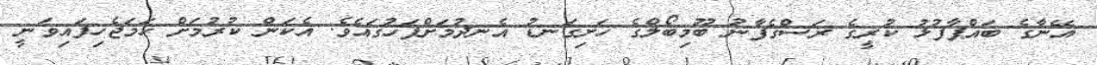
އޭނާގެ ބައްޕާފުޅު ކުރީގެ ރަސްގެފާނު ބޫމިބޯލްގެ ހަށިގަނޑު އެނދުމަށްފަހުގައެވެ. އެކަން ކުރުމަށް ހަމަޖެހިފައިވަނީ